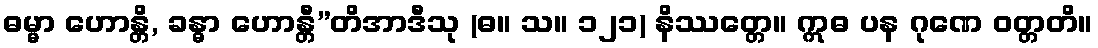
ဓမ္မာ ဟောန္တိ, ခန္ဓာ ဟောန္တီ”တိအာဒီသု (ဓ။ သ။ ၁၂၁) နိဿတ္တေ။ ဣဓ ပန ဂုဏေ ဝတ္တတိ။